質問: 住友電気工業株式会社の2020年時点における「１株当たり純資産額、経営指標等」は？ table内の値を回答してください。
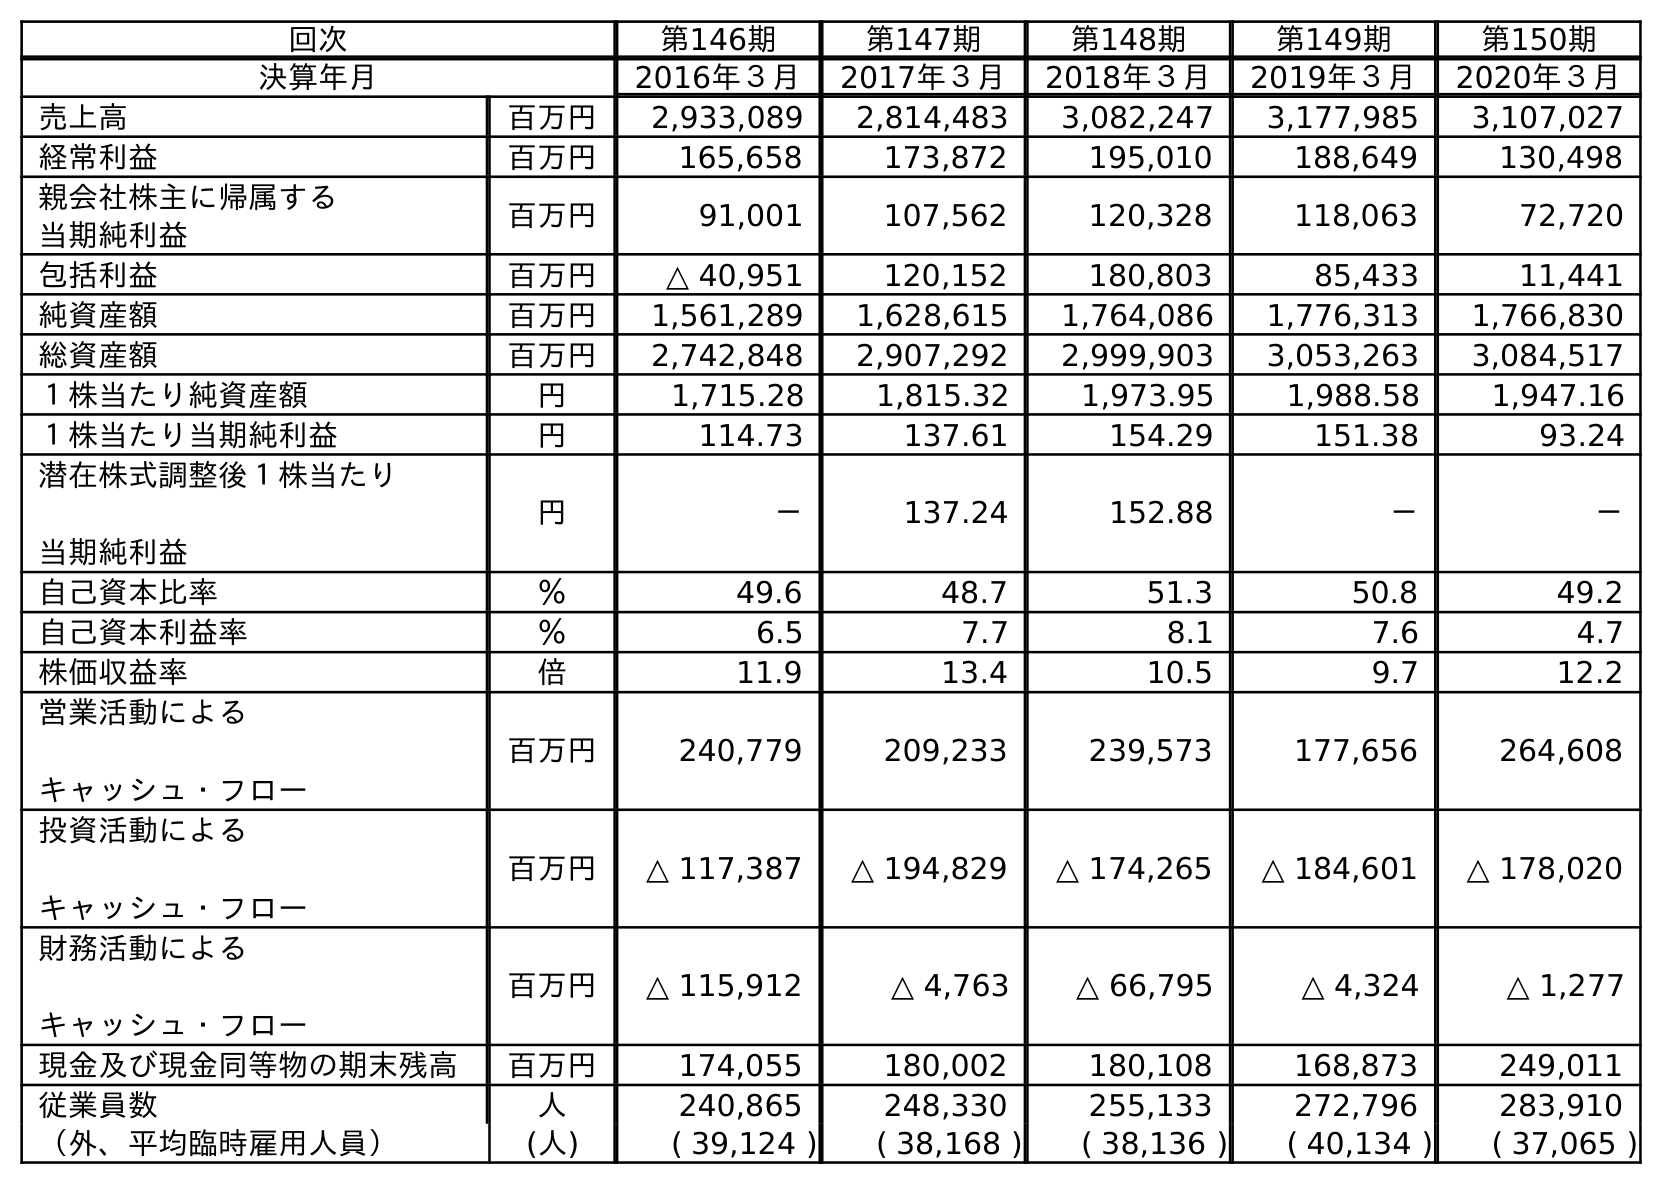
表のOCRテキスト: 回次 第146期 第147期 第148期 第149期 第150期 決算年月 2016年３月 2017年３月 2018年３月 2019年３月 2020年３月 売上高 百万円 2,933,089 2,814,483 3,082,247 3,177,985 3,107,027 経常利益 百万円 165,658 173,872 195,010 188,649 130,498 親会社株主に帰属する 当期純利益 百万円 91,001 107,562 120,328 118,063 72,720 包括利益 百万円 △ 40,951 120,152 180,803 85,433 11,441 純資産額 百万円 1,561,289 1,628,615 1,764,086 1,776,313 1,766,830 総資産額 百万円 2,742,848 2,907,292 2,999,903 3,053,263 3,084,517 １株当たり純資産額 円 1,715.28 1,815.32 1,973.95 1,988.58 1,947.16 １株当たり当期純利益 円 114.73 137.61 154.29 151.38 93.24 潜在株式調整後１株当たり 当期純利益 円 － 137.24 152.88 － － 自己資本比率 ％ 49.6 48.7 51.3 50.8 49.2 自己資本利益率 ％ 6.5 7.7 8.1 7.6 4.7 株価収益率 倍 11.9 13.4 10.5 9.7 12.2 営業活動による キャッシュ・フロー 百万円 240,779 209,233 239,573 177,656 264,608 投資活動による キャッシュ・フロー 百万円 △ 117,387 △ 194,829 △ 174,265 △ 184,601 △ 178,020 財務活動による キャッシュ・フロー 百万円 △ 115,912 △ 4,763 △ 66,795 △ 4,324 △ 1,277 現金及び現金同等物の期末残高 百万円 174,055 180,002 180,108 168,873 249,011 従業員数 人 240,865 248,330 255,133 272,796 283,910 （外、平均臨時雇用人員） (人) ( 39,124 ) ( 38,168 ) ( 38,136 ) ( 40,134 ) ( 37,065 )
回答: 1,947.16